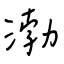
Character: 渤